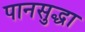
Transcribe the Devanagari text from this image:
पानसुद्धा